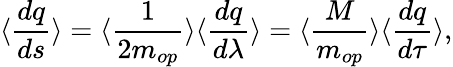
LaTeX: \langle\frac{dq}{ds}\rangle=\langle\frac{1}{2m_{op}}\rangle\langle\frac{dq}{d\lambda}\rangle=\langle\frac{M}{m_{op}}\rangle\langle\frac{dq}{d\tau}\rangle,